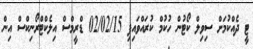
ޓީ ދެއްކުމަށް ސިވިލް ކޯޓުން ހުކުމް ކުރައްވައިފި 02/02/15 ޑްރީމްސް އިލެކްޓްރޯނިކްސް އިން